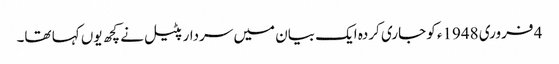
4 فروری 1948ء کو جاری کردہ ایک بیان میں سردار پٹیل نے کچھ یوں کہا تھا۔